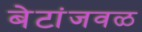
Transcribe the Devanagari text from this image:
बेटांजवळ